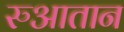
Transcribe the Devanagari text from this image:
रुआतान